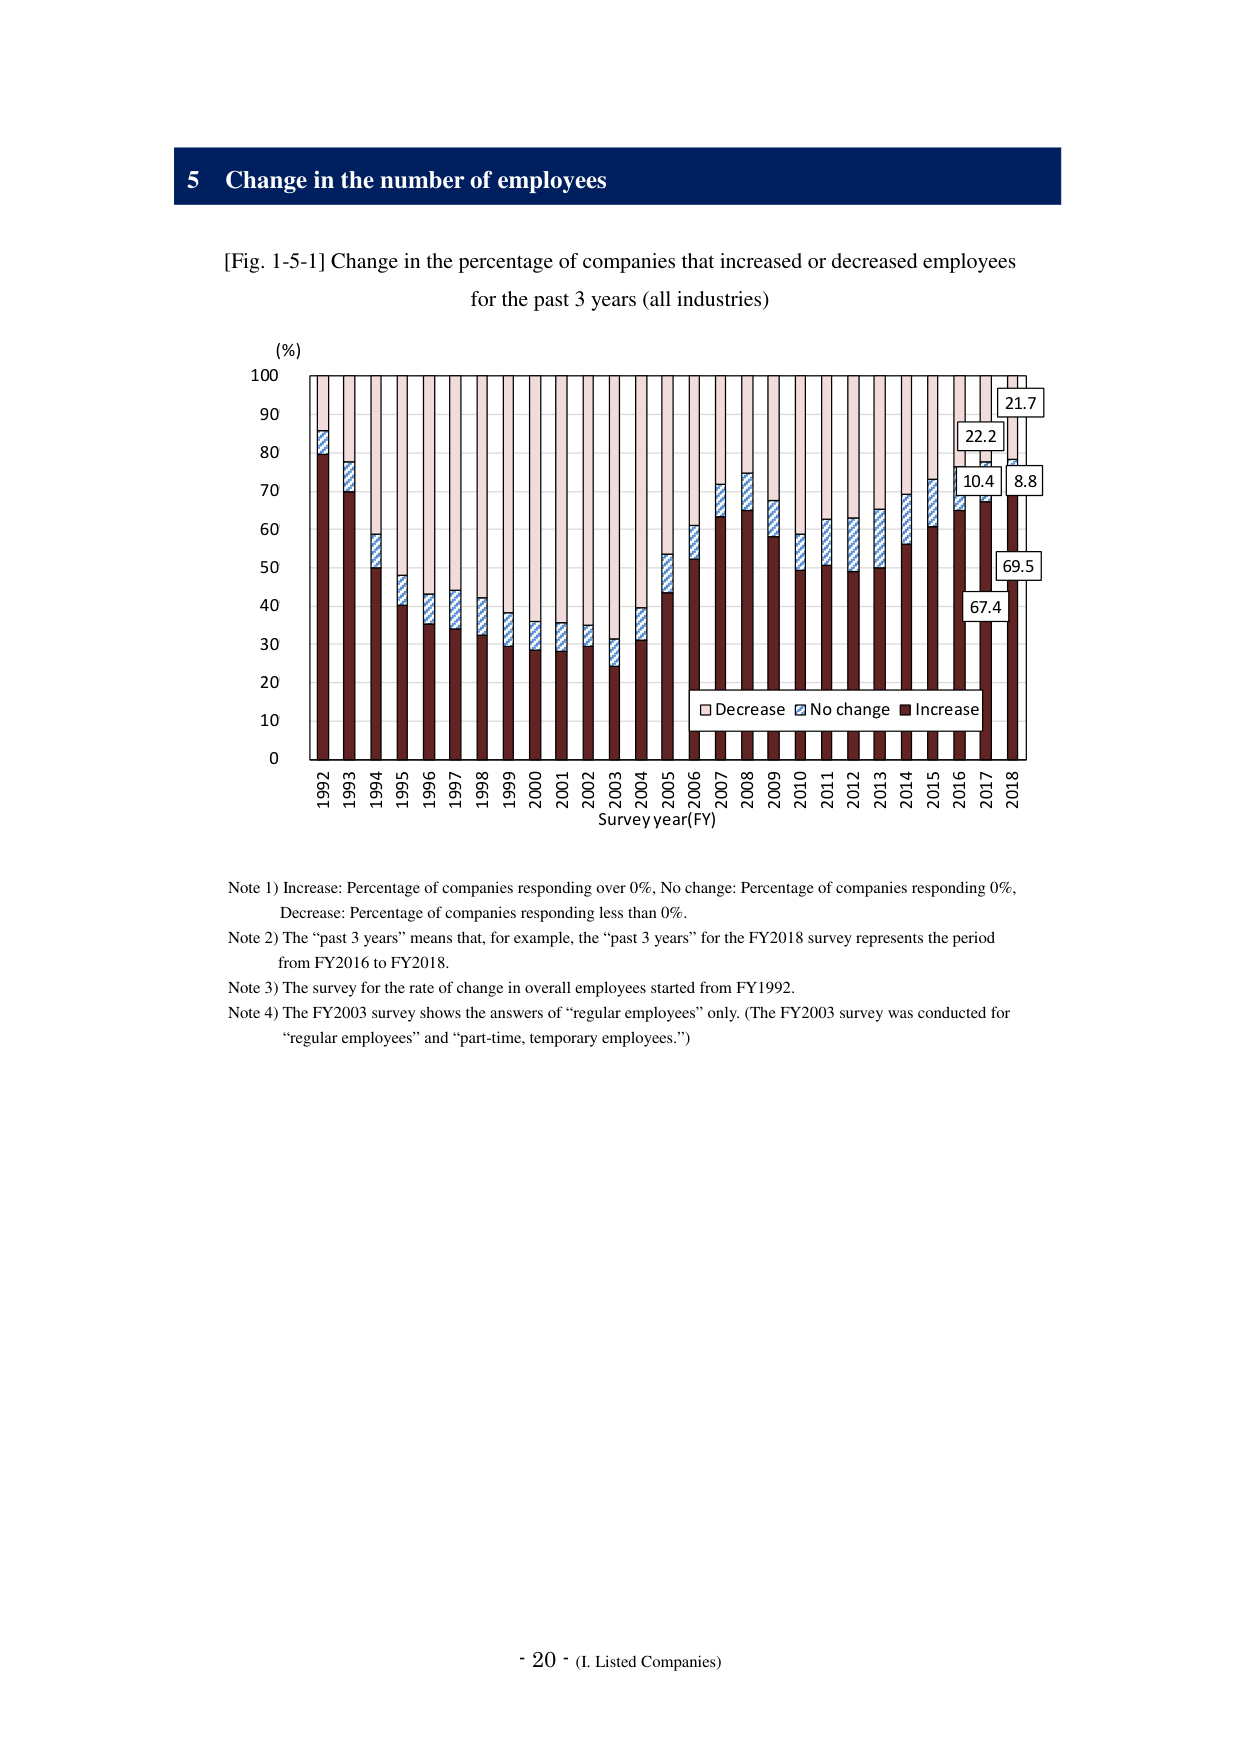
5 Change in the number of employees

[Fig. 1-5-1] Change in the percentage of companies that increased or decreased employees for the past 3 years (all industries)

(%)
100
90
80
70
60
50
40
30
20
10
0

1992 1993 1994 1995 1996 1997 1998 1999 2000 2001 2002 2003 2004 2005 2006 2007 2008 2009 2010 2011 2012 2013 2014 2015 2016 2017 2018
Survey year (FY)

□ Decrease ■ No change ■ Increase
21.7
22.2
10.4
8.8
69.5
67.4

Note 1) Increase: Percentage of companies responding over 0%, No change: Percentage of companies responding 0%, Decrease: Percentage of companies responding less than 0%.
Note 2) The “past 3 years” means that, for example, the “past 3 years” for the FY2018 survey represents the period from FY2016 to FY2018.
Note 3) The survey for the rate of change in overall employees started from FY1992.
Note 4) The FY2003 survey shows the answers of “regular employees” only. (The FY2003 survey was conducted for “regular employees” and “part-time, temporary employees.”)

- 20 - (I. Listed Companies)